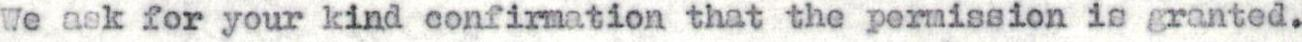
We ask for your kind confirmation that the permission is granted.